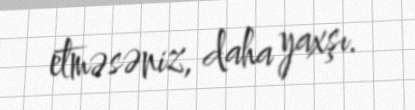
etməsəniz, daha yaxşı.